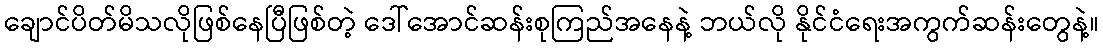
ချောင်ပိတ်မိသလိုဖြစ်နေပြီဖြစ်တဲ့ ဒေါ်အောင်ဆန်းစုကြည်အနေနဲ့ ဘယ်လို နိုင်ငံရေးအကွက်ဆန်းတွေနဲ့။